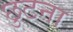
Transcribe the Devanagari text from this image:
छुटना